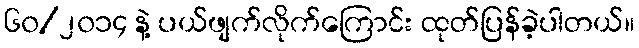
၆၀/၂၀၁၄ နဲ့ ပယ်ဖျက်လိုက်ကြောင်း ထုတ်ပြန်ခဲ့ပါတယ်။